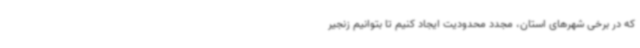
که در برخی شهرهای استان، مجدد محدودیت ایجاد کنیم تا بتوانیم زنجیر